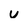
Character: U